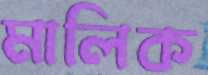
মালিক